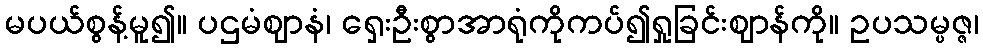
မပယ်စွန့်မူ၍။ ပဌမံဈာနံ၊ ရှေးဦးစွာအာရုံကိုကပ်၍ရှုခြင်းဈာန်ကို။ ဥပသမ္ပဇ္ဇ၊